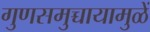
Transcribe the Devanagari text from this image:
गुणसमुच्चायामुळें